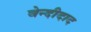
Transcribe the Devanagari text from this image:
वेन्दीदाद